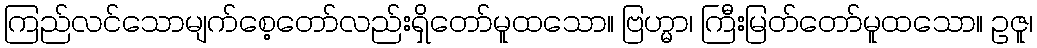
ကြည်လင်သောမျက်စေ့တော်လည်းရှိတော်မူထသော။ ဗြဟ္မာ၊ ကြီးမြတ်တော်မူထသော။ ဥဇူ၊